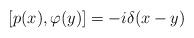
LaTeX: \begin{align*}[p (x),\varphi (y)]=-i\delta (x-y) \end{align*}